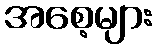
အစေ့များ